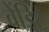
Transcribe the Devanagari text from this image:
वेंडिटे